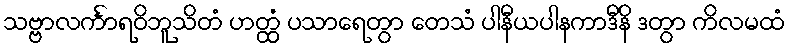
သဗ္ဗာလင်္ကာရဝိဘူသိတံ ဟတ္ထံ ပသာရေတွာ တေသံ ပါနီယပါနကာဒီနိ ဒတွာ ကိလမထံ